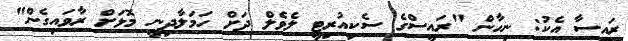
ރައީސާ އެކު: ނިހާން "ރައީސްގެ ސެކިއުރިޓީ ލެވެލް ދަށް ހަމަލާދިނީ މޮޅަށް ރާވައިގެން"